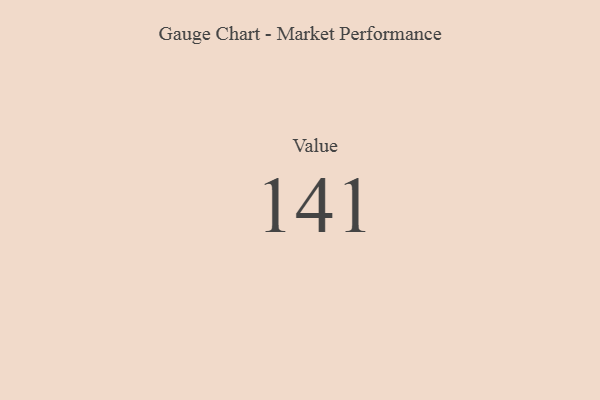
{"axis": {"x": "Metric", "y": "Value"}, "legend": [""], "data": [{"x": "Value", "y": 141, "type": ""}]}